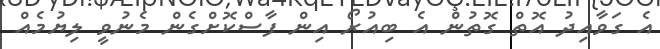
އެ ގަވާއިދު އޮތް ގޮތުން އެ ބިއުރޯ އިން ފާސްކޮށްގެން މެނުވީ ލިޔުމެއް